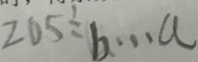
2 0 5 \div b \cdots a